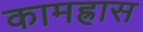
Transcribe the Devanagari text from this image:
कामह्रास